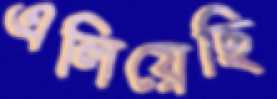
এলিয়েছি